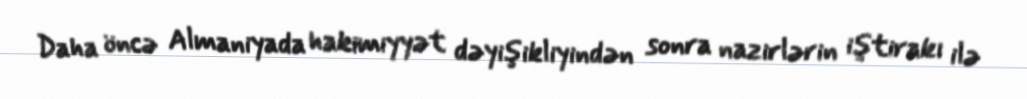
Daha öncə Almaniyada hakimiyyət dəyişikliyindən sonra nazirlərin iştirakı ilə